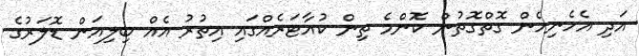
އަދި އެހެނިހެން ގޮތްގޮތުން ކޮންމެ ތިން ކުއާޓަރެއްގައި އިތުރު އެއް ބިލިއަން ޑޮލަރުގެ